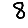
Digit: 8